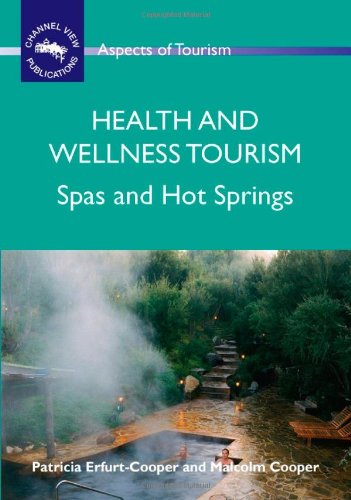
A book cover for Health and Wellness Tourism: Spas and Hot Springs (Aspects of Tourism); Patricia Erfurt-Cooper; Travel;